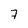
Character: 7